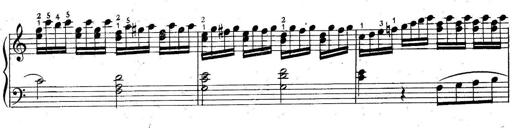
Title: 6 Easy Sonatinas
Composer: Carl Czerny